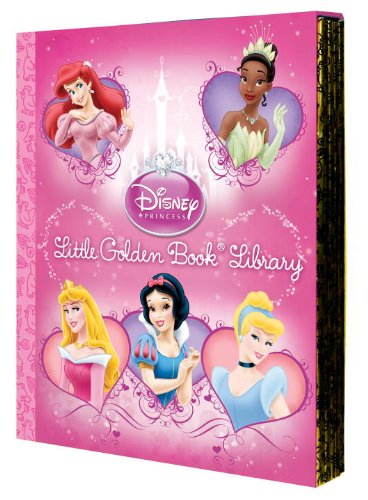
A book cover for The Disney Princess Little Golden Book Library (Disney Princess); Various; Children's Books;